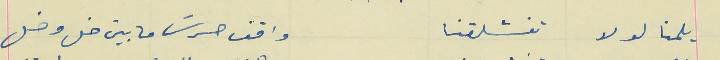
يلمنا لولا تفشلقنا                                                     واقف حرسَ ما بين خل وخل